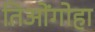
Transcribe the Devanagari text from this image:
तिओंगोहा